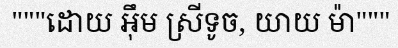
"""ដោយ អ៊ឹម ស្រីទូច, យាយ ម៉ា"""